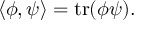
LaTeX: \langle \phi , \psi \rangle = \mathrm { t r } ( \phi \psi ) .